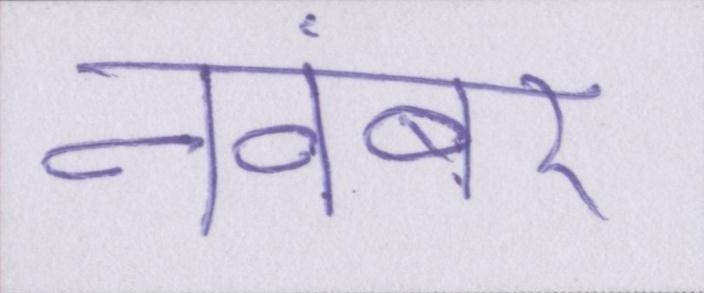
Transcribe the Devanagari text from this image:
नवंबर